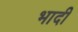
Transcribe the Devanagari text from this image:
भादी